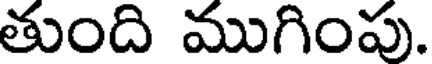
తుంది ముగింపు.